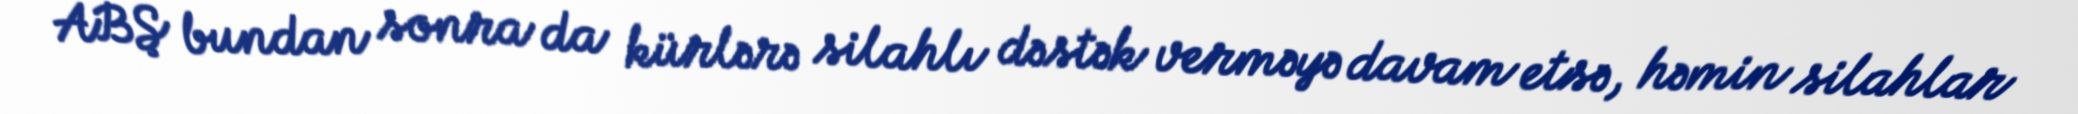
ABŞ bundan sonra da kürlərə silahlı dəstək verməyə davam etsə, həmin silahlar